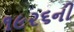
૧૯૨૬ની